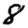
Digit: 8